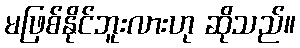
မဖြစ်နိုင်ဘူးလားဟု ဆိုသည်။